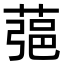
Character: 𦶁